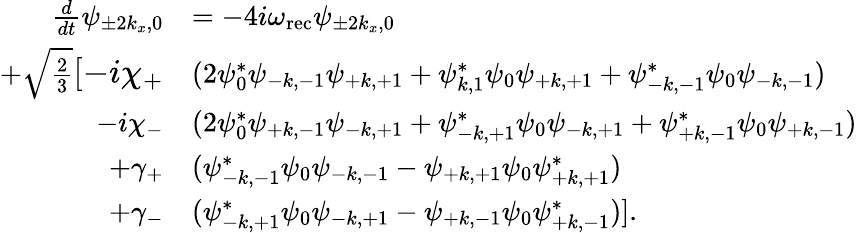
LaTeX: \begin{array}{rl}{\frac{d}{dt}\psi_{\pm 2k_{x},0}}&{=-4i\omega_{\mathrm{rec}}\psi_{\pm 2k_{x},0}}\\ {+\sqrt{\frac{2}{3}}\large[-i\chi_{+}}&{(2\psi_{0}^{*}\psi_{\mathrm{-}k,\mathrm{-}1}\psi_{\mathrm{+}k,\mathrm{+}1}+\psi_{k,1}^{*}\psi_{0}\psi_{\mathrm{+}k,\mathrm{+}1}+\psi_{\mathrm{-}k,\mathrm{-}1}^{*}\psi_{0}\psi_{\mathrm{-}k,\mathrm{-}1})}\\ {-i\chi_{-}}&{(2\psi_{0}^{*}\psi_{\mathrm{+}k,\mathrm{-}1}\psi_{\mathrm{-}k,\mathrm{+}1}+\psi_{\mathrm{-}k,\mathrm{+}1}^{*}\psi_{0}\psi_{\mathrm{-}k,\mathrm{+}1}+\psi_{\mathrm{+}k,\mathrm{-}1}^{*}\psi_{0}\psi_{\mathrm{+}k,\mathrm{-}1})}\\ {+\gamma_{+}}&{(\psi_{\mathrm{-}k,\mathrm{-}1}^{*}\psi_{0}\psi_{\mathrm{-}k,\mathrm{-}1}-\psi_{\mathrm{+}k,\mathrm{+}1}\psi_{0}\psi_{\mathrm{+}k,\mathrm{+}1}^{*})}\\ {+\gamma_{-}}&{(\psi_{\mathrm{-}k,\mathrm{+}1}^{*}\psi_{0}\psi_{\mathrm{-}k,\mathrm{+}1}-\psi_{\mathrm{+}k,\mathrm{-}1}\psi_{0}\psi_{\mathrm{+}k,\mathrm{-}1}^{*})].}\end{array}